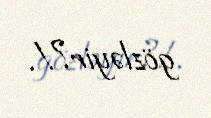
gözləyir?!.